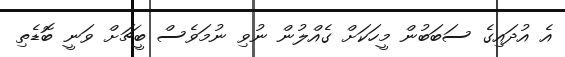
އެ އުދައިގެ ސަބަބުން މީހަކަށް ގެއްލުން ނުވި ނުމަވެސް ބީޗަށް ވަނީ ބޮޑެތި